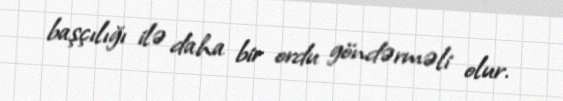
başçılığı ilə daha bir ordu göndərməli olur.